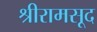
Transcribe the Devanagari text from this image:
श्रीरामसूद